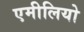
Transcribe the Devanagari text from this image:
एमीलियो